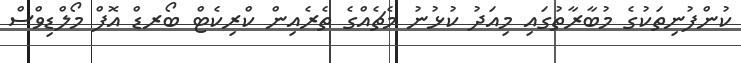
ކުންފުނިތަކުގެ މުބާރާތުގައި މިއަދު ކުޅުނު މެޗެއްގެ ތެރެއިން ކްރިކެޓް ބޯރޑް އޮފް މޯލްޑިވްސް